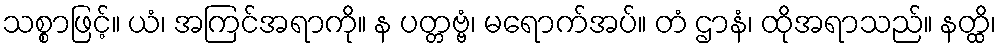
သစ္စာဖြင့်။ ယံ၊ အကြင်အရာကို။ န ပတ္တဗ္ဗံ၊ မရောက်အပ်။ တံ ဌာနံ၊ ထိုအရာသည်။ နတ္ထိ၊